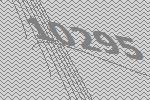
10295